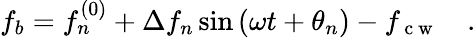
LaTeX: f_{b}=f_{n}^{(0)}+\Delta f_{n}\sin{(\omega t+\theta_{n})}-f_{\mathrm{~c~w~}}\quad.